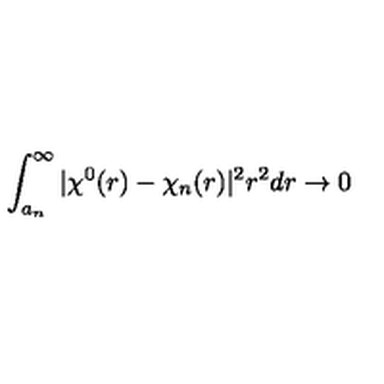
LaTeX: \int _ { a _ { n } } ^ { \infty } | \chi ^ { 0 } ( r ) - \chi _ { n } ( r ) | ^ { 2 } r ^ { 2 } d r \rightarrow 0